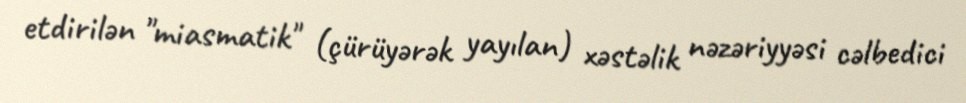
etdirilən "miasmatik" (çürüyərək yayılan) xəstəlik nəzəriyyəsi cəlbedici